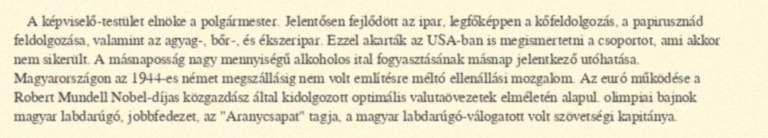
A képviselő-testület elnöke a polgármester. Jelentősen fejlődött az ipar, legfőképpen a kőfeldolgozás, a papirusznád feldolgozása, valamint az agyag-, bőr-, és ékszeripar. Ezzel akarták az USA-ban is megismertetni a csoportot, ami akkor nem sikerült. A másnaposság nagy mennyiségű alkoholos ital fogyasztásának másnap jelentkező utóhatása. Magyarországon az 1944-es német megszállásig nem volt említésre méltó ellenállási mozgalom. Az euró működése a Robert Mundell Nobel-díjas közgazdász által kidolgozott optimális valutaövezetek elméletén alapul. olimpiai bajnok magyar labdarúgó, jobbfedezet, az "Aranycsapat" tagja, a magyar labdarúgó-válogatott volt szövetségi kapitánya.